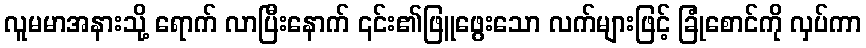
လူမမာအနားသို့ ရောက် လာပြီးနောက် ၎င်း၏ဖြူဖွေးသော လက်များဖြင့် ခြုံစောင်ကို လှပ်ကာ